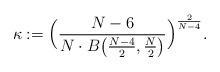
LaTeX: \begin{align*} \kappa := \Big(\frac{N-6}{N\cdot B\big(\frac{N-4}{2}, \frac{N}{2}\big)}\Big)^{\frac{2}{N-4}}.\end{align*}